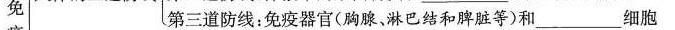
免第三道防线：免疫器官(胸腺，淋巴结和脾脏等)和____细胞